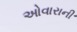
ઓવારાની